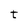
Character: t